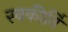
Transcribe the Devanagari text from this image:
स्वकीर्तिं